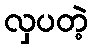
လှပတဲ့